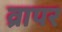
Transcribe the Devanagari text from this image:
व्रापर